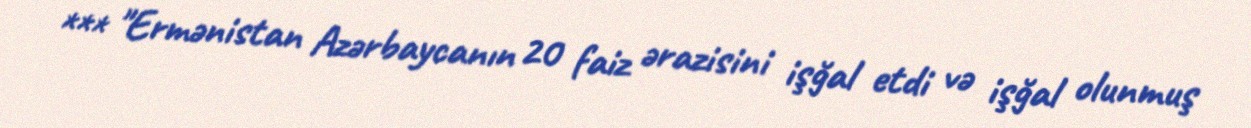
*** "Ermənistan Azərbaycanın 20 faiz ərazisini işğal etdi və işğal olunmuş